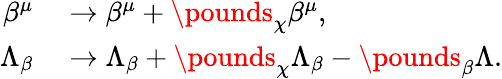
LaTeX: \begin{array}{rl}{\beta^{\mu}}&{{}\to\beta^{\mu}+\pounds_{\chi}\beta^{\mu},}\\ {\Lambda_{\beta}}&{{}\to\Lambda_{\beta}+\pounds_{\chi}\Lambda_{\beta}-\pounds_{\beta}\Lambda.}\end{array}